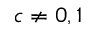
c \neq 0 , 1